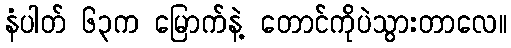
နံပါတ် ၆၃က မြောက်နဲ့ တောင်ကိုပဲသွားတာလေ။